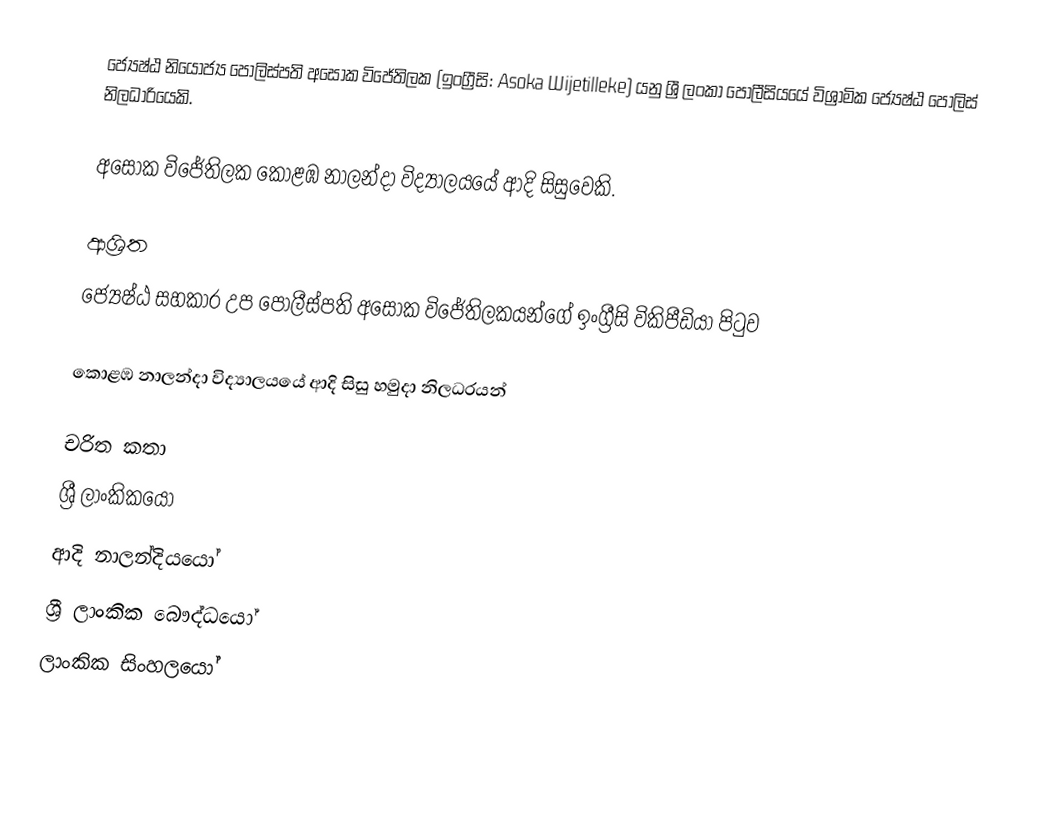
ජ්‍යෙෂ්ඨ නියෝජ්‍ය ‍පොලිස්පති අසෝක විජේතිලක (ඉංග්‍රීසි: Asoka Wijetilleke)  යනු  ශ්‍රී ලංකා පොලීසියයේ විශ්‍රාමික ජ්‍යෙෂ්ඨ පොලිස් නිලධාරියෙකි.

අසෝක විජේතිලක  කොළඹ නාලන්දා විද්‍යාලයයේ ආදි සිසුවෙකි.

ආශ්‍රිත
  ජ්‍යෙෂ්ඨ සහකාර උප පොලීස්පති අසෝක විජේතිලකයන්ගේ ඉංග්‍රීසි විකිපීඩියා පිටුව

 කොළඹ නාලන්දා විද්‍යාලයයේ ආදි සිසු හමුදා නිලධරයන්

චරිත කතා
ශ්‍රී ලාංකිකයෝ
ආදි නාලන්දියයෝ
ශ්‍රී ලාංකික බෞද්ධයෝ
ලාංකික සිංහලයෝ